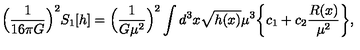
\Bigl ( \frac { 1 } { 1 6 \pi G } \Bigr ) ^ { 2 } S _ { 1 } [ h ] = \Bigl ( \frac { 1 } { G \mu ^ { 2 } } \Bigr ) ^ { 2 } \int d ^ { 3 } x \sqrt { h ( x ) } \mu ^ { 3 } \biggl \{ c _ { 1 } + c _ { 2 } \frac { R ( x ) } { \mu ^ { 2 } } \biggr \} ,